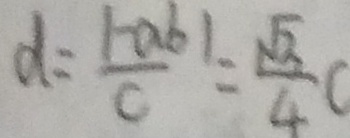
d = \frac { \vert - a b \vert } { c } = \frac { \sqrt { 3 } } { 4 } c